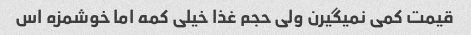
قیمت کمی نمیگیرن ولی حجم غذا خیلی کمه اما خوشمزه اس